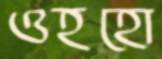
ওহহো